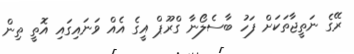
ރޭގެ ނަތީޖާތަކަށް ފަހު ބާސެލޯނާ ގްރޫޕް އީގެ އެއް ވަނައިގައި އޮތީ ތިން